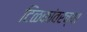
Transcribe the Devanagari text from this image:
टिळकांवरच्या